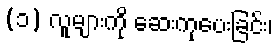
(၁) လူများကို ဆေးကုပေးခြင်း၊